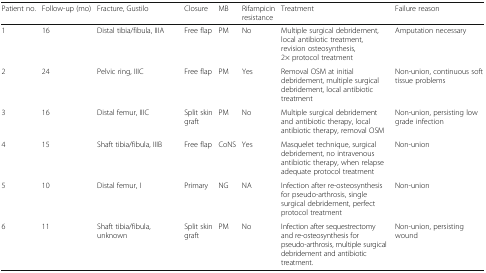
| Patient no. | Follow-up (mo) | Fracture, Gustilo | Closure | MB | Rifampicin resistance | Treatment | Failure reason |
 | --- | --- | --- | --- | --- | --- | --- | --- |
 | 1 | 16 | Distal tibia/fibula, IIIA | Free flap | PM | No | Multiple surgical debridement, local antibiotic treatment, revision osteosynthesis, 2× protocol treatment | Amputation necessary |
 | 2 | 24 | Pelvic ring, IIIC | Free flap | PM | Yes | Removal OSM at initial debridement, multiple surgical debridement, local antibiotic treatment | Non-union, continuous soft tissue problems |
 | 3 | 16 | Distal femur, IIIC | Split skin graft | PM | No | Multiple surgical debridement and antibiotic therapy, local antibiotic therapy, removal OSM | Non-union, persisting low grade infection |
 | 4 | 15 | Shaft tibia/fibula, IIIB | Free flap | CoNS | Yes | Masquelet technique, surgical debridement, no intravenous antibiotic therapy, when relapse adequate protocol treatment | Non-union |
 | 5 | 10 | Distal femur, I | Primary | NG | NA | Infection after re-osteosynthesis for pseudo-arthrosis, single surgical debridement, perfect protocol treatment | Non-union |
 | 6 | 11 | Shaft tibia/fibula, unknown | Split skin graft | PM | No | Infection after sequestrectomy and re-osteosynthesis for pseudo-arthrosis, multiple surgical debridement and antibiotic treatment. | Non-union, persisting wound |